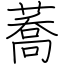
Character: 蕎